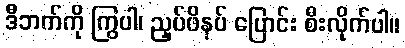
ဒီဘက်ကို ကြွပါ၊ ညှပ်ဖိနပ် ပြောင်း စီးလိုက်ပါ။